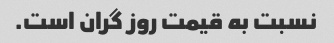
نسبت به قیمت روز گران است.